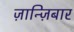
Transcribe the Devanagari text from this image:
ज़ान्ज़िबार